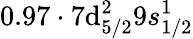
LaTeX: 0.97\cdot7\mathrm{d}_{5/2}^{2}9s_{1/2}^{1}